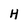
Character: H